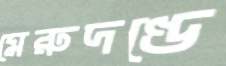
মেরুদণ্ডে